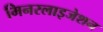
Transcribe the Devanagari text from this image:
मिनरलाइजेशन